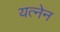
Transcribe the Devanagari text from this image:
यत्नेन